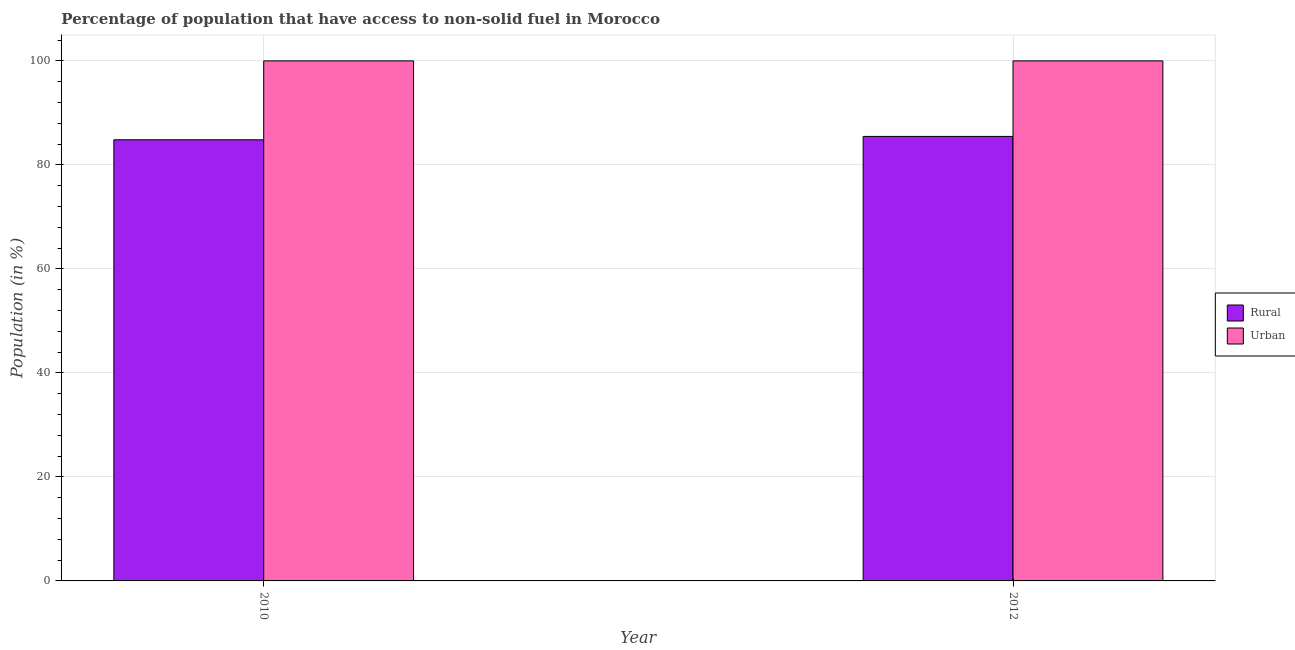
| Year | Rural | Urban |
 | --- | --- | --- |
 | 2010 | 84.8 | 100 |
 | 2012 | 85.5 | 100 |